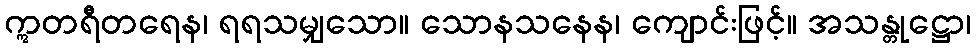
ဣတရီတရေန၊ ရရသမျှသော။ သောနသနေန၊ ကျောင်းဖြင့်။ အသန္တုဋ္ဌော၊